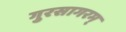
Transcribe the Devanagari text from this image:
गुरसागरम्